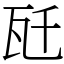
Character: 瓩